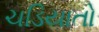
ચડિયાતો